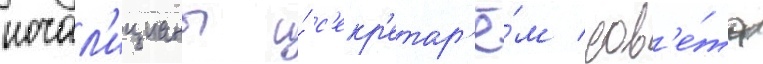
ночал'ицианы и́ с'екр'етар'ё́м сов'е́та